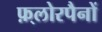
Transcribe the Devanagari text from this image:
फ़्लोरपैनों